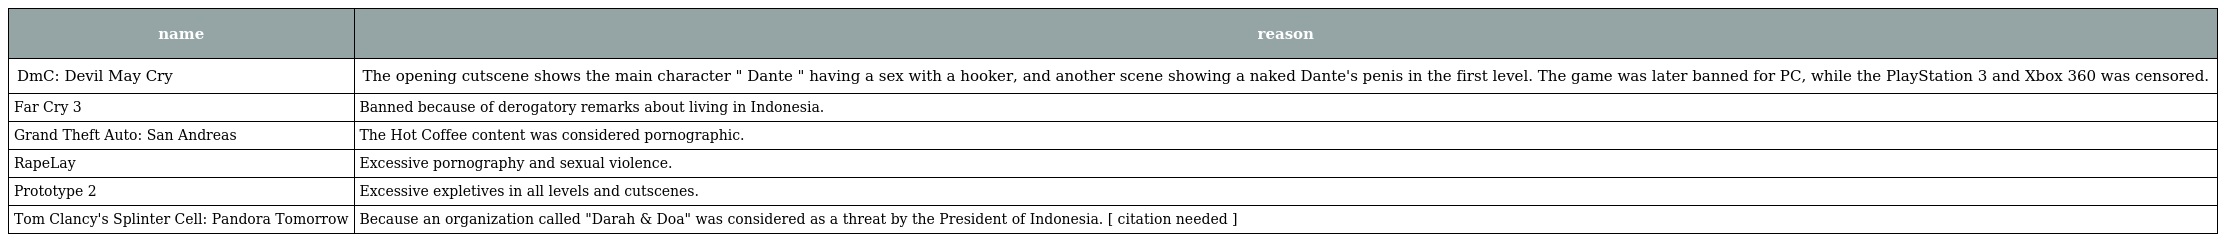
| name | reason |
 | --- | --- |
 | DmC: Devil May Cry | The opening cutscene shows the main character " Dante " having a sex with a hooker, and another scene showing a naked Dante's penis in the first level. The game was later banned for PC, while the PlayStation 3 and Xbox 360 was censored. |
 | Far Cry 3 | Banned because of derogatory remarks about living in Indonesia. |
 | Grand Theft Auto: San Andreas | The Hot Coffee content was considered pornographic. |
 | RapeLay | Excessive pornography and sexual violence. |
 | Prototype 2 | Excessive expletives in all levels and cutscenes. |
 | Tom Clancy's Splinter Cell: Pandora Tomorrow | Because an organization called "Darah & Doa" was considered as a threat by the President of Indonesia. [ citation needed ] |